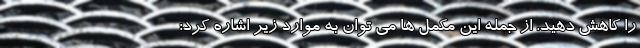
را کاهش دهید. از جمله این مکمل ها می توان به موارد زیر اشاره کرد: